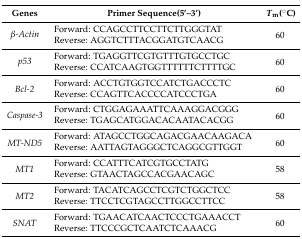
<table><thead><tr><td><b>Genes</b></td><td><b>Primer Sequence(5’–3’)</b></td><td><b><i>T</i><sub>m</sub>(°C)</b></td></tr></thead><tbody><tr><td rowspan="2"><i>β-Actin</i></td><td>Forward: CCAGCCTTCCTTCTTGGGTAT</td><td rowspan="2">60</td></tr><tr><td>Reverse: AGGTCTTTACGGATGTCAACG</td></tr><tr><td rowspan="2"><i>p53</i></td><td>Forward: TGAGGTTCGTGTTTGTGCCTGC</td><td rowspan="2">60</td></tr><tr><td>Reverse: CCATCAAGTGGTTTTTTCTTTTGC</td></tr><tr><td rowspan="2"><i>Bcl-2</i></td><td>Forward: ACCTGTGGTCCATCTGACCCTC</td><td rowspan="2">60</td></tr><tr><td>Reverse: CCAGTTCACCCCATCCCTGA</td></tr><tr><td rowspan="2"><i>Caspase-3</i></td><td>Forward: CTGGAGAAATTCAAAGGACGGG</td><td rowspan="2">60</td></tr><tr><td>Reverse: TGAGCATGGACACAATACACGG</td></tr><tr><td rowspan="2"><i>MT-ND5</i></td><td>Forward: ATAGCCTGGCAGACGAACAAGACA</td><td rowspan="2">60</td></tr><tr><td>Reverse: AATTAGTAGGGCTCAGGCGTTGGT</td></tr><tr><td rowspan="2"><i>MT1</i></td><td>Forward: CCATTTCATCGTGCCTATG</td><td rowspan="2">58</td></tr><tr><td>Reverse: GTAACTAGCCACGAACAGC</td></tr><tr><td rowspan="2"><i>MT2</i></td><td>Forward: TACATCAGCCTCGTCTGGCTCC</td><td rowspan="2">58</td></tr><tr><td>Reverse: TTCCTCGTAGCCTTGGCCTTCC</td></tr><tr><td rowspan="2"><i>SNAT</i></td><td>Forward: TGAACATCAACTCCCTGAAACCT</td><td rowspan="2">60</td></tr><tr><td>Reverse: TTCCCGCTCAATCTCAAACG</td></tr></tbody></table>